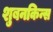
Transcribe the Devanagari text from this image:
शुबनकिन्स